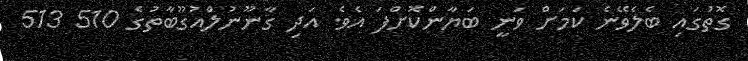
ގޮތުގައި ބެލެވޭނެ ކަމަށް ވަނީ ބަޔާންކޮށްފަ އެވެ. އަދި ގާނޫނުލްއުގޫބާތުގެ 510 513